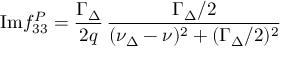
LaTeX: \mathrm { I m } f _ { 3 3 } ^ { P } = \frac { \Gamma _ { \Delta } } { 2 q } \, \frac { \Gamma _ { \Delta } / 2 } { ( \nu _ { \Delta } - \nu ) ^ { 2 } + ( \Gamma _ { \Delta } / 2 ) ^ { 2 } }